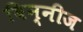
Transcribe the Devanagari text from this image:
बिन्नीज